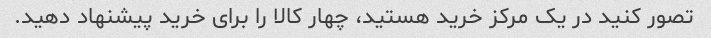
تصور کنید در یک مرکز خرید هستید، چهار کالا را برای خرید پیشنهاد دهید.